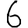
Digit: 6